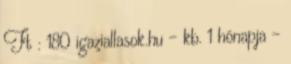
Ft : 180 igaziallasok.hu - kb. 1 hónapja -